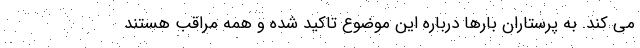
می کند. به پرستاران بارها درباره این موضوع تاکید شده و همه مراقب هستند